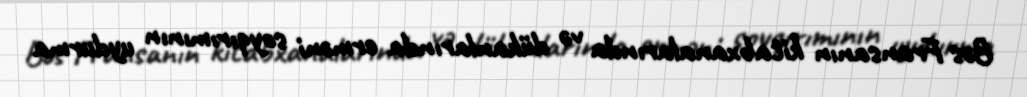
Bəs Fransanın kitabxanalarında və dükanlarında erməni soyqırımının uydurma